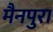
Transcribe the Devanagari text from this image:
मैनपुरा